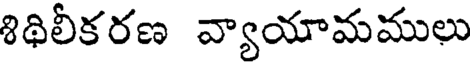
శిథిలీకరణ వ్యాయామములు